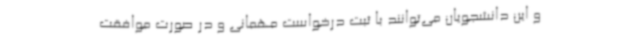
و این دانشجویان می‌توانند با ثبت درخواست مهمانی و در صورت موافقت